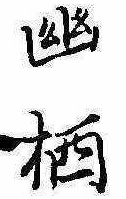
幽棲